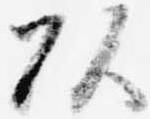
頭